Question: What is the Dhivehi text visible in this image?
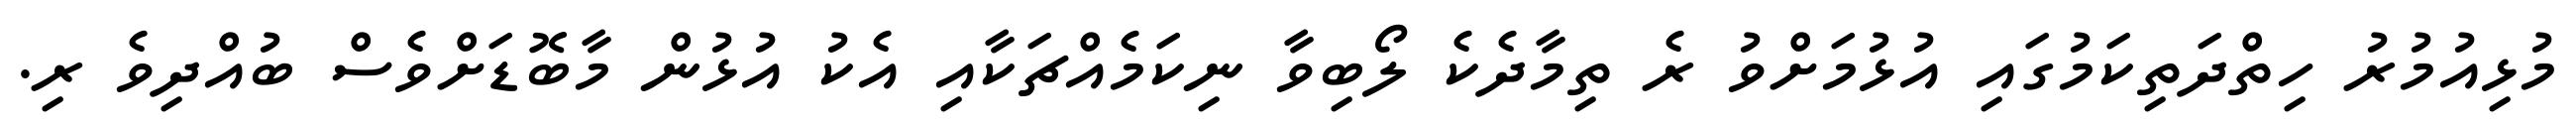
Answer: މުޅިއުމުރު ހިތްދަތިކަމުގައި އުޅުމަށްވު ރެ ތިމާދެކެ ލޯބިވާ ނިކަމެއްޗަކާއި އެކު އުޅުން މާބޮޑަށްވެސް ބުއްދިވެ ރި.